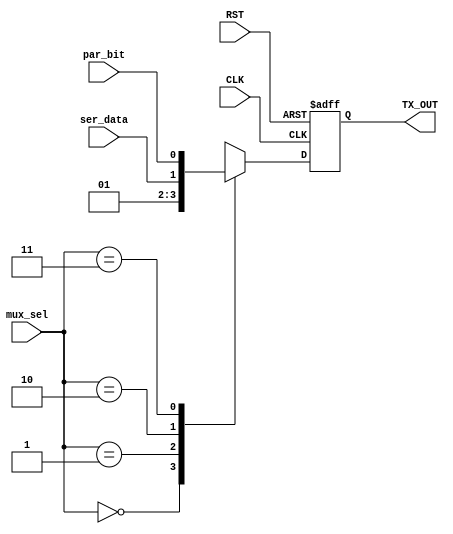
module MUX4x1 (
    input wire ser_data, par_bit, CLK, RST, 
    input wire [1:0] mux_sel,
    output reg TX_OUT
);

localparam  start_bit = 1'b0,
            stop_bit = 1'b1;
reg TX_OUT_c;

always @(*) 
begin
    case (mux_sel)
        2'b00:  TX_OUT_c = start_bit;
        2'b01:  TX_OUT_c = stop_bit;
        2'b10:  TX_OUT_c = ser_data;
        2'b11:  TX_OUT_c = par_bit;  
        default: TX_OUT_c = stop_bit;
    endcase    
end
    

always @(posedge CLK  or negedge RST) 
begin
        if(!RST)
        begin
            TX_OUT <= 1'b0;
        end
        else
        begin
            TX_OUT <= TX_OUT_c;
        end
end
endmodule